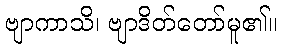
ဗျာကာသိ၊ ဗျာဒိတ်တော်မူ၏။